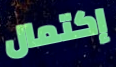
إكتمال